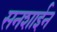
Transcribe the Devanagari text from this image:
सनशाईन